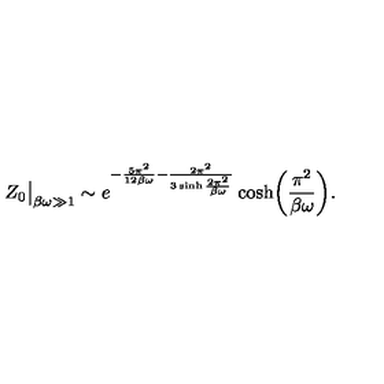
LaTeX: Z _ { 0 } \big | _ { \beta \omega \gg 1 } \sim e ^ { - \frac { 5 \pi ^ { 2 } } { 1 2 \beta \omega } - \frac { 2 \pi ^ { 2 } } { 3 \sinh \frac { 2 \pi ^ { 2 } } { \beta \omega } } } \cosh \biggl ( \frac { \pi ^ { 2 } } { \beta \omega } \biggr ) .